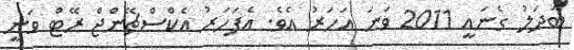
ބަދަލު ގެނައީ 2011 ވަނަ އަހަރު އެވެ. އެފަހަރު އެކްސްޗޭންޖް ރޭޓް ވަނީ